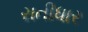
રાતીધાર